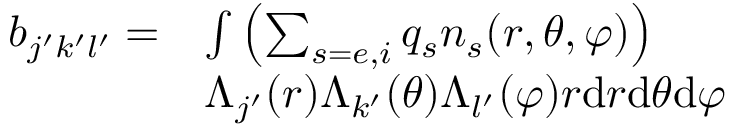
\begin{array} { r l } { b _ { j ^ { \prime } k ^ { \prime } l ^ { \prime } } = } & { \int \left( \sum _ { s = e , i } q _ { s } n _ { s } ( r , \theta , \varphi ) \right) } \\ & { \Lambda _ { j ^ { \prime } } ( r ) \Lambda _ { k ^ { \prime } } ( \theta ) \Lambda _ { l ^ { \prime } } ( \varphi ) r \mathrm { d } r \mathrm { d } \theta \mathrm { d } \varphi } \end{array}